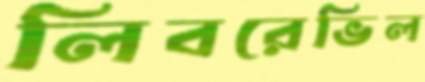
লিবরেভিল